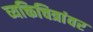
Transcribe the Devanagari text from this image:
व्यक्तिचित्रांवर